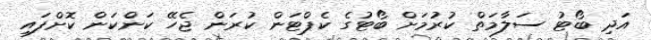
އަދި ބޯޓު ސަލާމަތް ކުރުމަށް ބޯޓުގެ ކެޕްޓަން ކުރަން ޖެހޭ ކަންކަން ކޮށްފައި